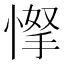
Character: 𢜲